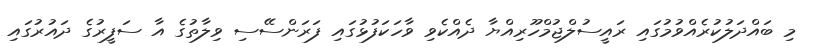
މި ބައްދަލުކުރެއްވުމުގައި ރައީސުލްޖުމްހޫރިއްޔާ ދެއްކެވި ވާހަކަފުޅުގައި ފަރަންސޭސި ވިލާތުގެ އާ ސަފީރުގެ ދައުރުގައި